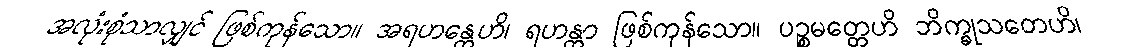
အလုံးစုံသာလျှင် ဖြစ်ကုန်သော။ အရဟန္တေဟိ၊ ရဟန္တာ ဖြစ်ကုန်သော။ ပဉ္စမတ္တေဟိ ဘိက္ခုသတေဟိ၊